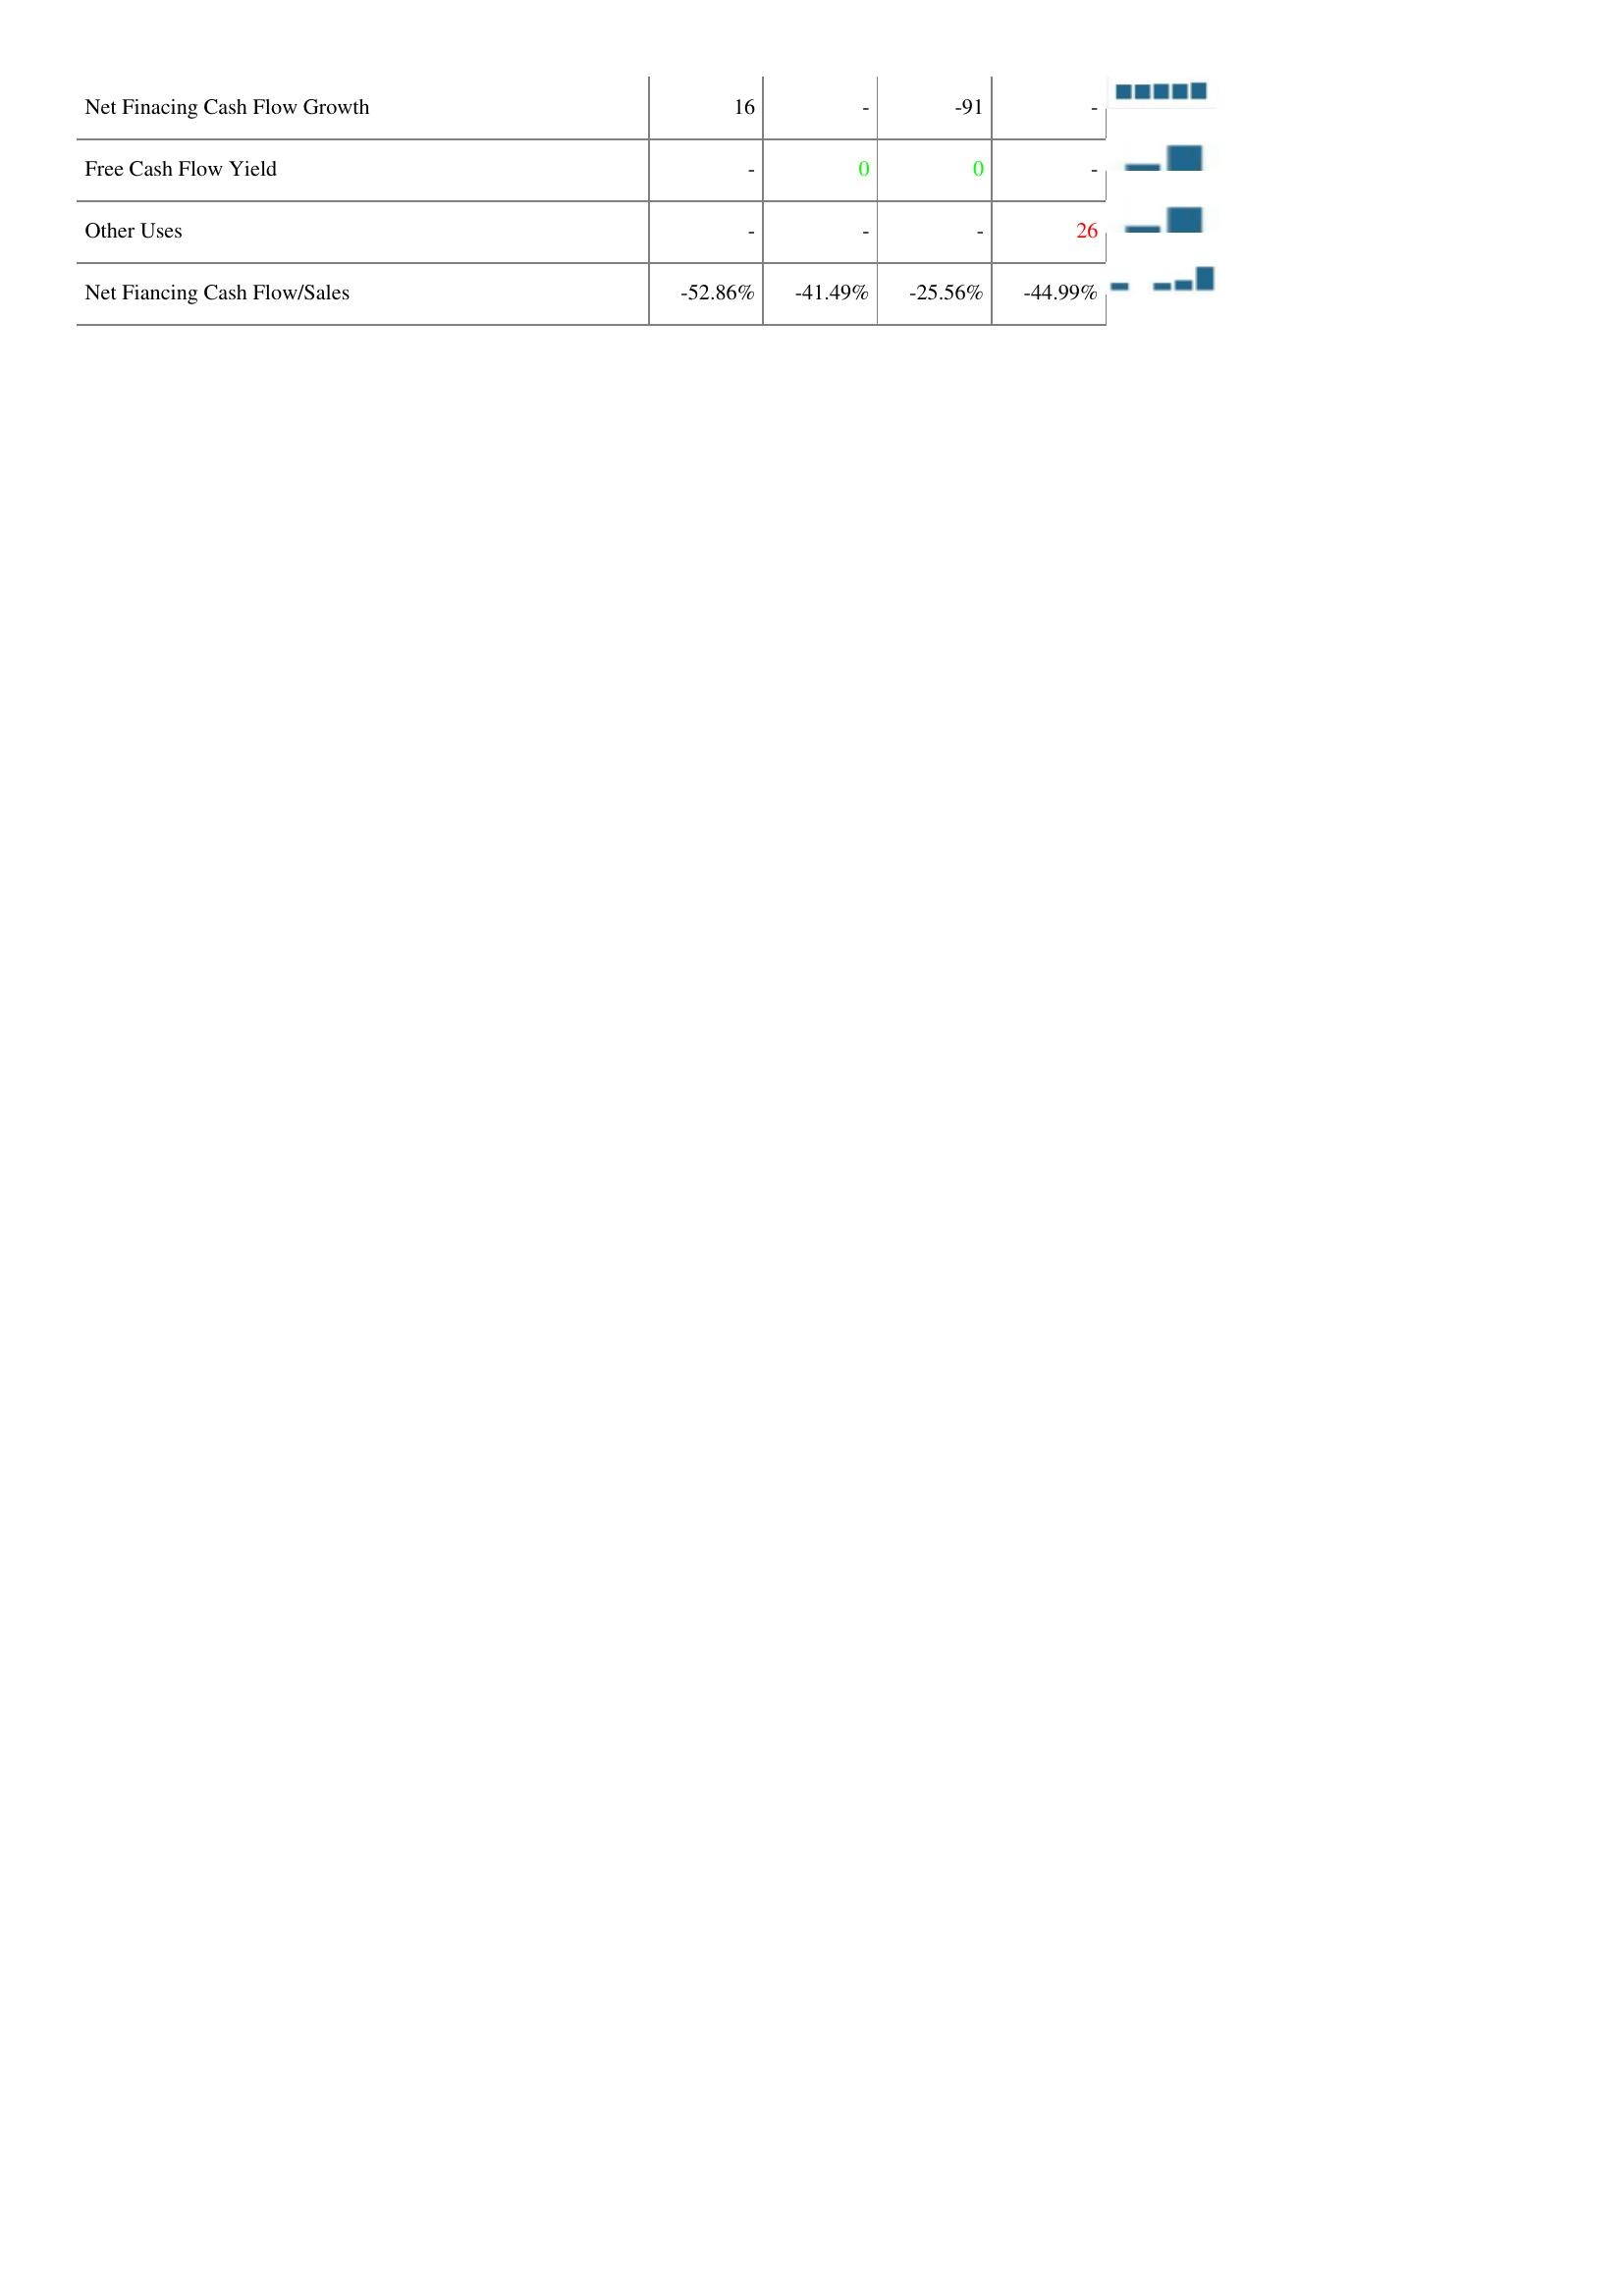
2016: Financing Activities: Net Finacing Cash Flow Growth: 16
Free Cash Flow Yield: -
Other Uses: -
Net Fiancing Cash Flow/Sales: -52.86%
2017: Financing Activities: Net Finacing Cash Flow Growth: -
Free Cash Flow Yield: 0
Other Uses: -
Net Fiancing Cash Flow/Sales: -41.49%
2018: Financing Activities: Net Finacing Cash Flow Growth: -91
Free Cash Flow Yield: 0
Other Uses: -
Net Fiancing Cash Flow/Sales: -25.56%
2019: Financing Activities: Net Finacing Cash Flow Growth: -
Free Cash Flow Yield: -
Other Uses: 26
Net Fiancing Cash Flow/Sales: -44.99%